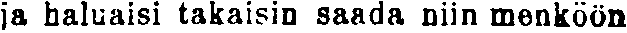
ja haluaisi takaisin saada niin menköön